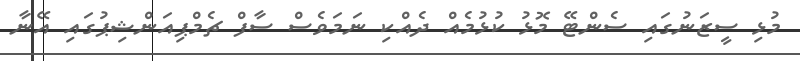
މުޅި ސީޒަނުގައި ސެންޓޭ މޮޅު ކުޅުމެއް ދެއްކި ނަމަވެސް ސާފް ޗެމްޕިއަންޝިޕުގައި އޭނާ